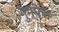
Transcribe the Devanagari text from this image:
गुम्फा।